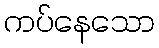
ကပ်နေသော